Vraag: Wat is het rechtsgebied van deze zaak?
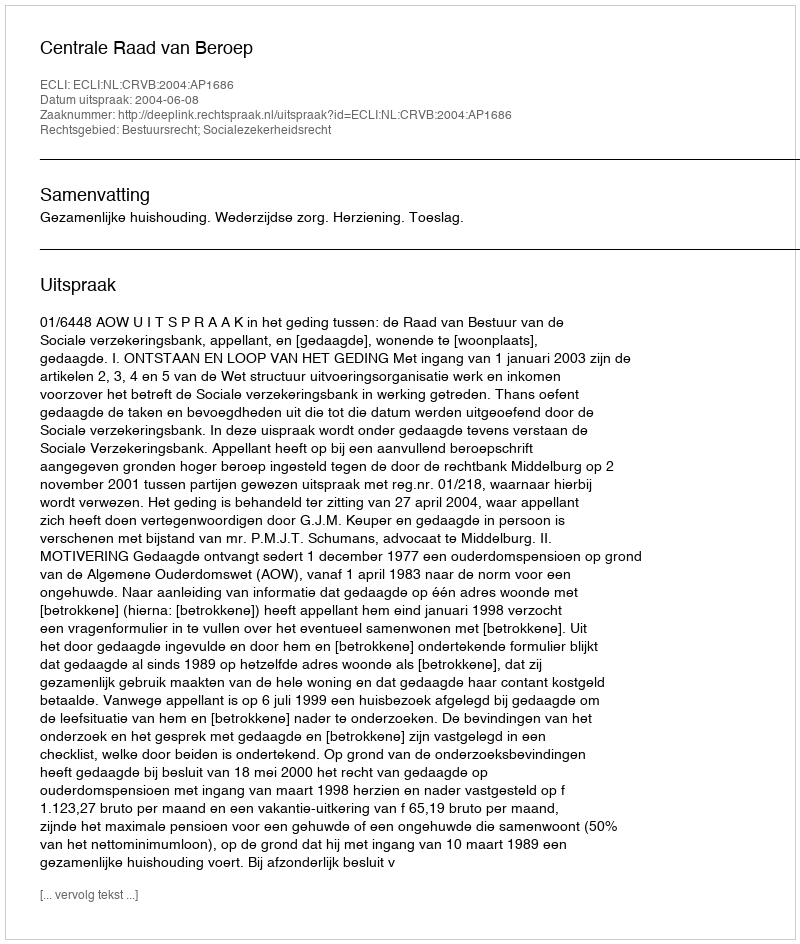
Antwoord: Bestuursrecht; Socialezekerheidsrecht